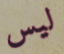
ليس